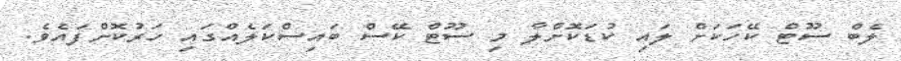
ލެބް ސޫޓް ކޭހަކަށް ލައި ކުޑަކޮށްލާ މި ސޫޓް ކޭސް ބައިސްކަލެއްގައި ހަރުކޮށްފައެވެ.